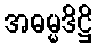
အဓမ္မဒိဋ္ဌိ